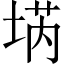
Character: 𡍝